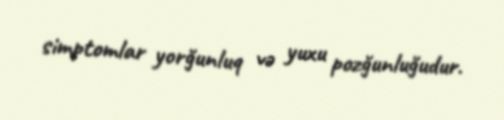
simptomlar yorğunluq və yuxu pozğunluğudur.